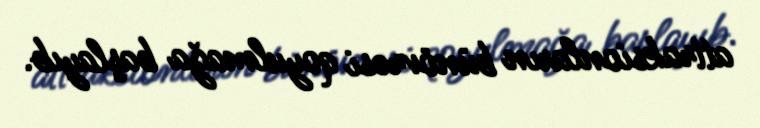
attraksionların bünövrəsi qoyulmağa başlayıb.